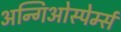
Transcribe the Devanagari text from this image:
अन्गिओस्पेर्म्स